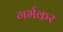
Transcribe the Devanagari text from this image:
गर्भकर